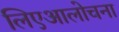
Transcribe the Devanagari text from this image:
लिएआलोचना